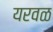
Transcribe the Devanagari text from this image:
यरवळ